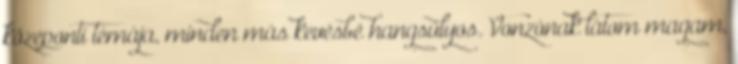
közeponti témája, minden más kevésbé hangsúlyos. Vonzónak látom magam,